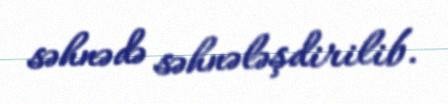
səhnədə səhnələşdirilib.